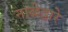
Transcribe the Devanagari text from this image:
नाळेद्वारे